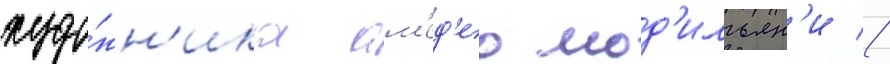
худо́жн'ика ам'ед'ео мод'ильян'и //